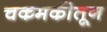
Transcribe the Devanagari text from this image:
चकमकीतून